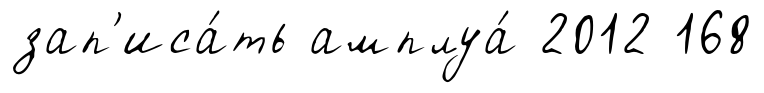
зап'иса́ть амплуа́ 2012 168